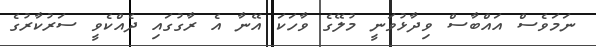
ނަމަވެސް އައްބާސް ވިދާޅުވަނީ މުލޭގެ ވާހަކަ އޭނާ އެ ރާގުގައި ދެއްކެވީ ސަރުކާރުގެ